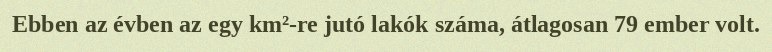
Ebben az évben az egy km²-re jutó lakók száma, átlagosan 79 ember volt.